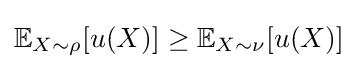
\mathbb {E} _{X\sim \rho }[u(X)]\geq \mathbb {E} _{X\sim \nu }[u(X)]